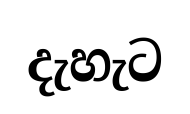
දැහැට